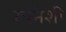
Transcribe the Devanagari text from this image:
रचनेशी